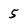
Character: 5